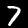
Label: 7